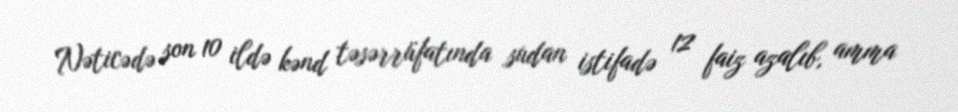
Nəticədə son 10 ildə kənd təsərrüfatında sudan istifadə 12 faiz azalıb, amma